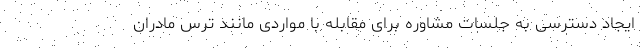
ایجاد دسترسی به جلسات مشاوره برای مقابله با مواردی مانند ترس مادران